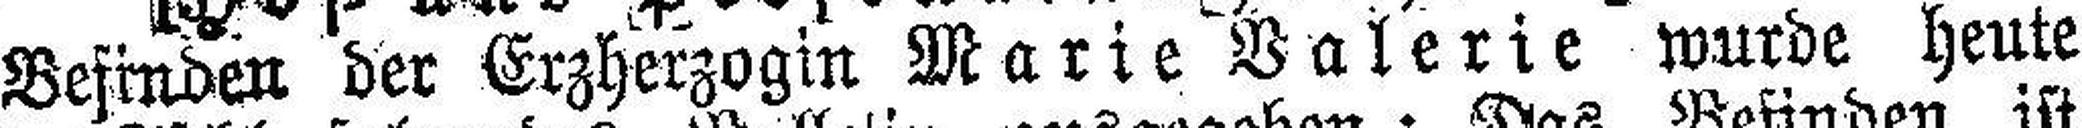
Befinden der Erzherzogin Marie Valerie wurde heute